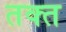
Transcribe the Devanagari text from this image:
तक्त